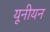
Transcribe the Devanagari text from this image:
यूनीयन